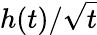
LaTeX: h(t)/\sqrt{t}